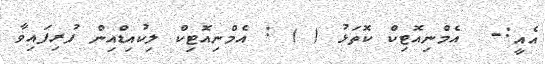
އެއީ:-  އެމްނިއޮޓިކް ކޮތަޅު ( ) : އެމްނިއޮޓިކް ލިކުއިޑްއިން ފުރިފައިވާ